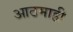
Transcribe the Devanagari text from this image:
आठमाही